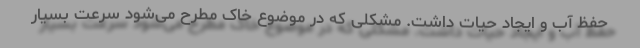
حفظ آب و ایجاد حیات داشت. مشکلی که در موضوع خاک مطرح می‌شود سرعت بسیار